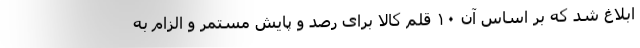
ابلاغ شد که بر اساس آن ۱۰ قلم کالا برای رصد و پایش مستمر و الزام به